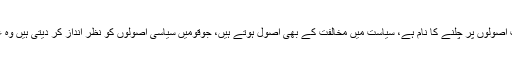
یہ ایک کھلی حقیقت ہے کہ سیاست اصولوں پر چلنے کا نام ہے، سیاست میں مخالفت کے بھی اصول ہوتے ہیں، جوقومیں سیاسی اصولوں کو نظر انداز کر دیتی ہیں وہ عقب ماندہ اور پسماندہ رہ جاتی ہیں۔